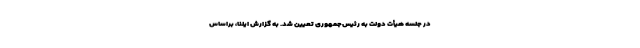
در جلسه هیأت دولت به رئیس‌جمهوری تعیین شد. به گزارش ایلنا، براساس